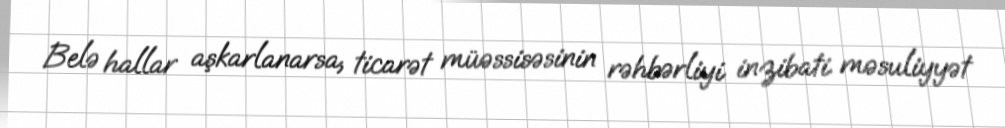
Belə hallar aşkarlanarsa, ticarət müəssisəsinin rəhbərliyi inzibati məsuliyyət